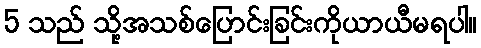
5 သည် သို့အသစ်ပြောင်းခြင်းကိုယာယီမရပါ။